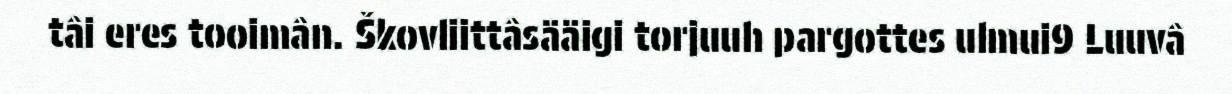
tâi eres tooimân. Škovliittâsääigi torjuuh pargottes ulmui9 Luuvâ